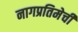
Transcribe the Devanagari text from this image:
नागप्रतिमेची